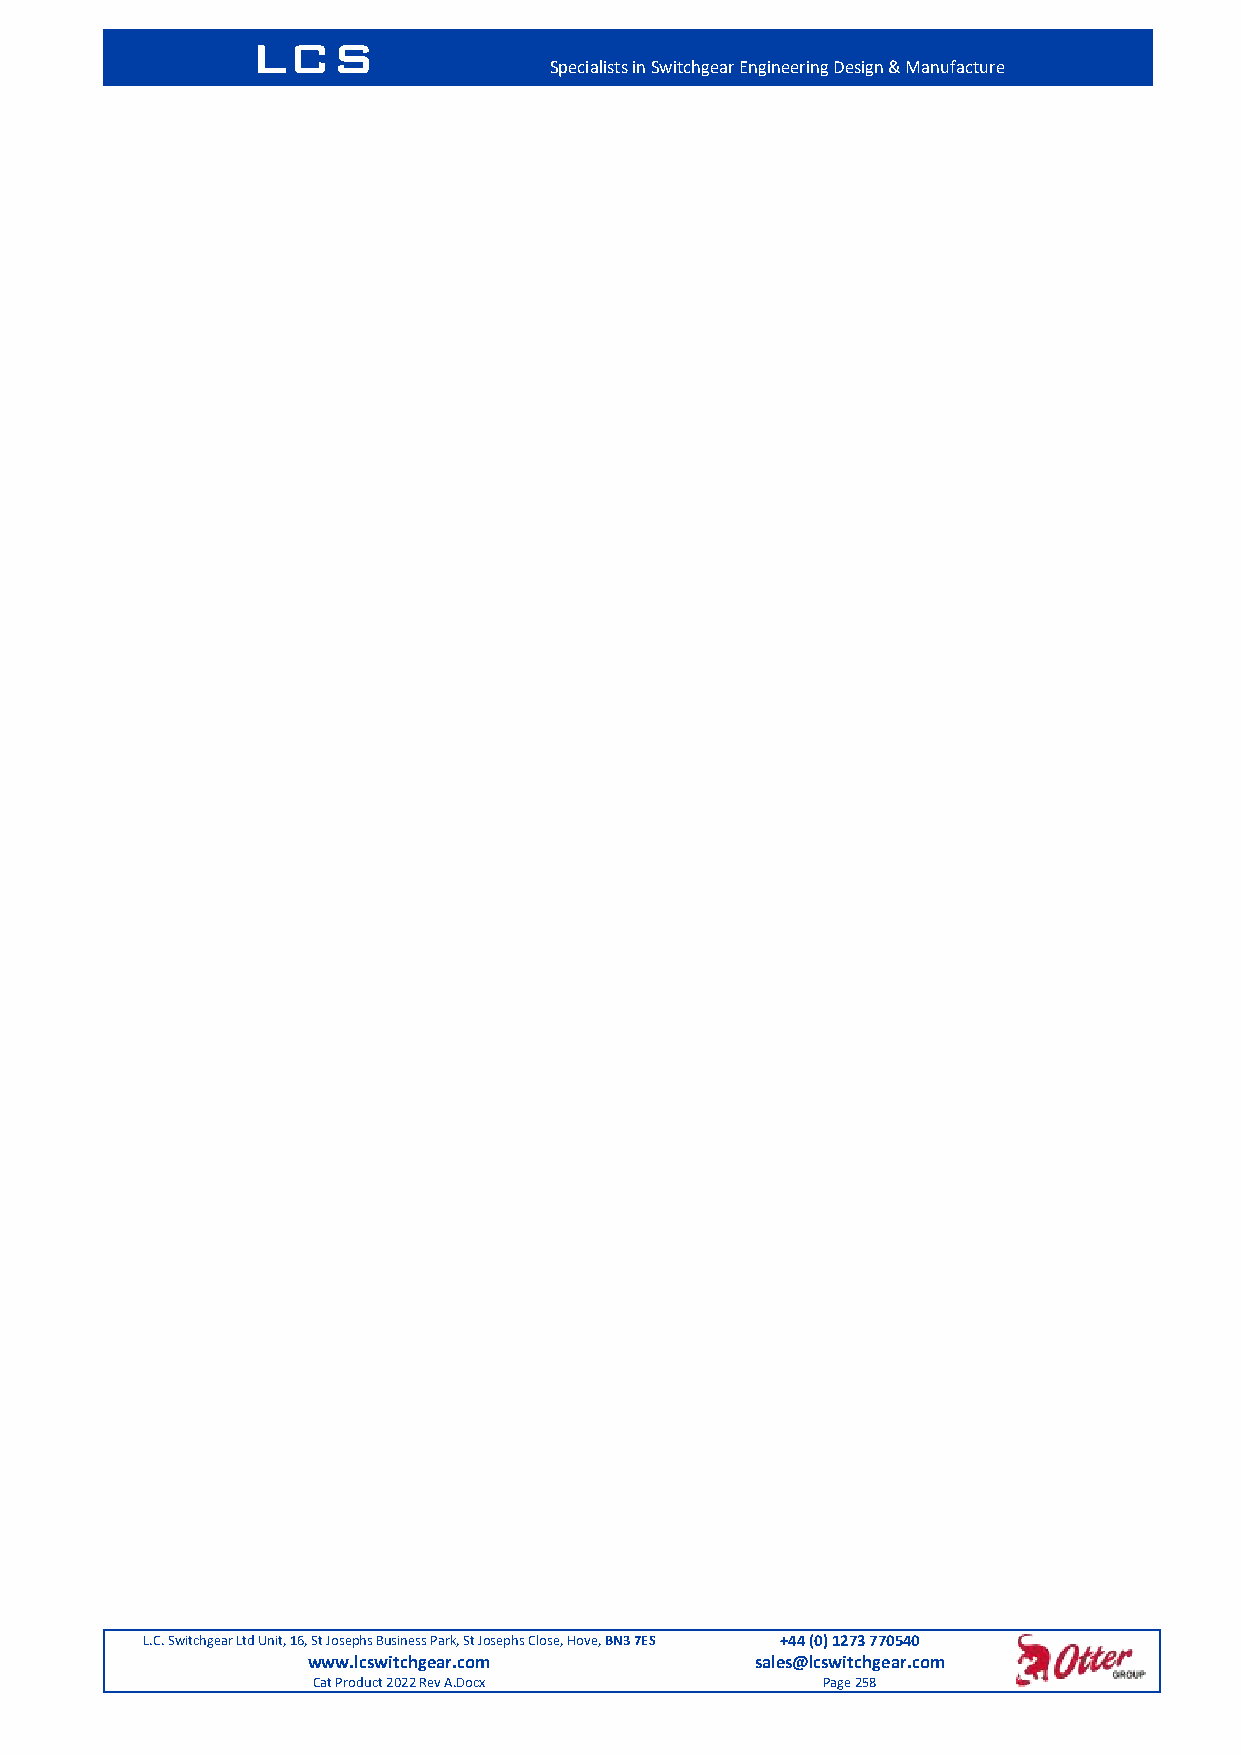
LCS
 Specialists in Switchgear Engineering Design & Manufacture
 L.C. Switchgear Ltd Unit, 16, St Josephs Business Park, St Josephs Close, Hove, BN3 7ES +44 (0) 1273 770540
 www.lcswitchgear.com          sales@lcswitchgear.com
 Cat Product 2022 Rev A.Docx      Page 258